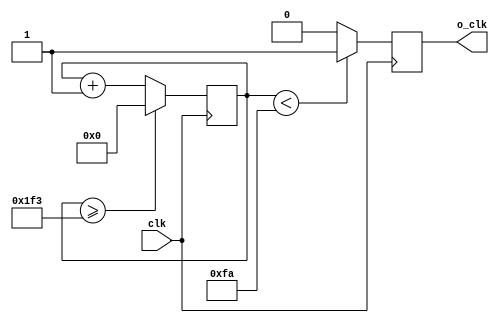
`timescale 1ns / 1ps
//////////////////////////////////////////////////////////////////////////////////
// Company: 
// Engineer: 
// 
// Design Name: 
// Module Name: Non_SCC_main
// Project Name: 
// Target Devices: 
// Tool Versions: 
// Description: 
// 
// Dependencies: 
// 
// Revision:
// Revision 0.01 - File Created
// Additional Comments:
// 
//////////////////////////////////////////////////////////////////////////////////

module Div_n_Frequency(
    input  clk,
   // input  rst_n,
    output reg  o_clk
    );
    reg[27:0] counter=28'd0;
    parameter DIVISOR = 28'd500;//100000000;//50000000 // Qtion 1   524288 // Qtion 2 3670016
    always @(posedge clk) begin
    counter <= counter + 28'd1;
     if(counter>=(DIVISOR-1))
        counter <= 28'd0;
    o_clk <= (counter<DIVISOR/2)?1'b1:1'b0;
    end
    
endmodule

module Non_SCC_main(
    input clk ,
    input data_in ,
    output reg [4:0]out_light
    );
    reg [2:0]Count ; // 5  
    wire o_clk ; 
    
    Div_n_Frequency Div_1(
    .clk(clk),
    .o_clk(o_clk)
    );
    
    initial begin 
        Count <= 3'd0 ;
    end 
    
    always @(posedge o_clk)begin
        if(data_in == 0 && Count == 0)  
            Count <= 1;      
        else if(Count > 0 && Count < 6 )begin  
            Count <= Count + 1'b1;    //cntW
            out_light[4] <= out_light[3];
            out_light[3] <= out_light[2];
            out_light[2] <= out_light[1];
            out_light[1] <= out_light[0]; 
            out_light[0] <= data_in;      
        end
        else if(Count == 6)    
            Count <= 3'b000;     
    end
endmodule